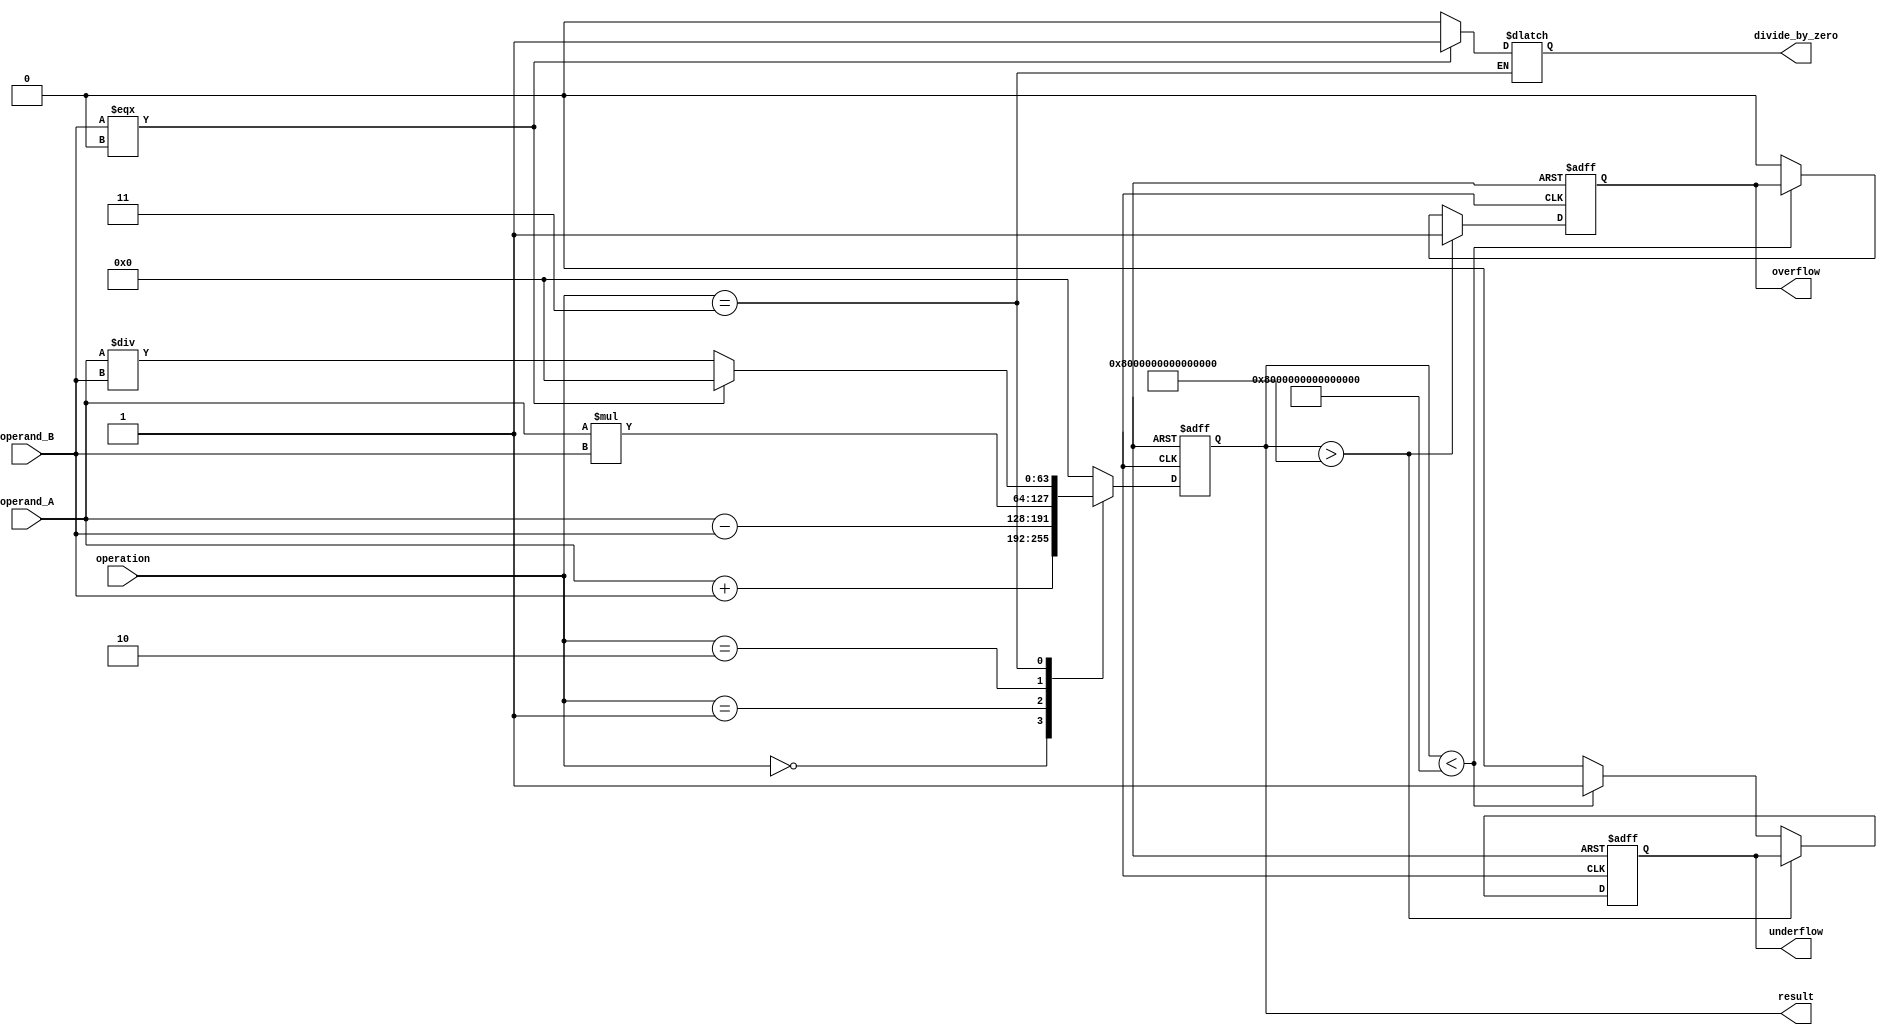
module double_precision_float_unit (
    input wire [63:0] operand_A,
    input wire [63:0] operand_B,
    input wire [2:0] operation,
    output reg [63:0] result,
    output reg overflow,
    output reg underflow,
    output reg divide_by_zero
);

reg [63:0] reg_result;

always @(*) begin
    case(operation)
        3'b000: reg_result = operand_A + operand_B; // Addition operation
        3'b001: reg_result = operand_A - operand_B; // Subtraction operation
        3'b010: reg_result = operand_A * operand_B; // Multiplication operation
        3'b011: begin // Division operation
            if(operand_B === 64'h0000000000000000) begin
                divide_by_zero = 1;
                reg_result = 64'h0000000000000000;
            end
            else begin
                divide_by_zero = 0;
                reg_result = operand_A / operand_B;
            end
        end
        default: reg_result = 64'h0000000000000000; // Default is zero
    endcase
end

always @(posedge clk or posedge reset) begin
    if(reset) begin
        result <= 64'h0000000000000000;
        overflow <= 0;
        underflow <= 0;
    end
    else begin
        result <= reg_result;
        if(result > 64'h7FFFFFFFFFFFFFFF) begin
            overflow <= 1;
        end
        else if(result < 64'h8000000000000000) begin
            underflow <= 1;
        end
        else begin
            overflow <= 0;
            underflow <= 0;
        end
    end
end

endmodule